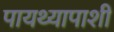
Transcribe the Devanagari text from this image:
पायथ्यापाशी